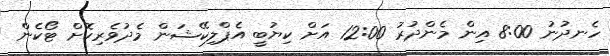
ހެނދުނު 8:00 އިން މެންދުރު 12:00 އަށް ކިޔުބީ އެޕްލިކޭޝަން މެދުވެރިކޮށް ޓޯކެން